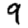
Digit: 9